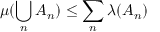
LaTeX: \mu ( \bigcup _ { n } A _ { n } ) \leq \sum _ { n } \lambda ( A _ { n } )